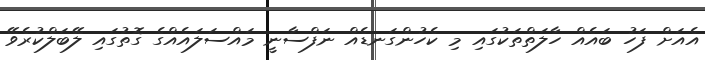
އެއަށް ފަހު ބައެއް ހާލަތްތަކުގައި މި ކެހުންގަނޑެއް ނަފްސާނީ މައްސަލައެއްގެ ގޮތުގައި ލޭބަލްކުރެވޭ